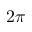
2 \pi